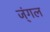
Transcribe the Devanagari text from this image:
ज्ंगल